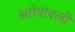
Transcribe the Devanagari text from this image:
स्तोत्रावली